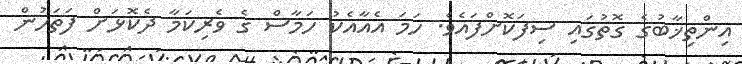
އިންތިޚާބުގެ ގޮތުގައި ސިފަކޮށްފައެވެ. ހަމަ އެއާއެކު ހަމާސް ގެ ވެރިކަމާ ދެކޮޅަށް ފަތަހުން